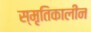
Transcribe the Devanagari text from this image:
स्मृतिकालीन